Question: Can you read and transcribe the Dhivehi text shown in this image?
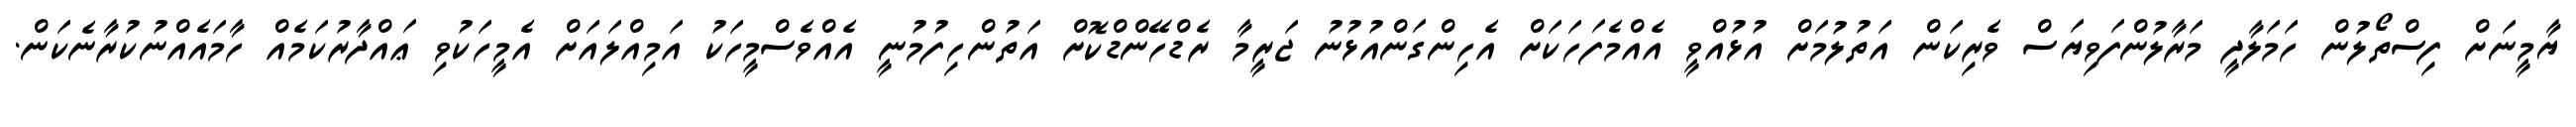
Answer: ޔާމީނަށް ފިސްތޯލުން ހަމަލާދީ މަރާލުންފަވިޔަސް ވެރިކަން އަތުލުމަށް އުޅުއްވީ އެއްމެފަހަކަށް އެހިންގަންއުޅުނު ޖަރީމާ ރެޑްހޭންޑްކޮށް އަތުންހިފުމުނީ އެއްވެސްމީހަކު އަމިއްލައަށް އެމީހަކުވި ޢައްދާރުކަމެއް ހާމައެއްނުކުރާނެކަން.